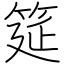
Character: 筵